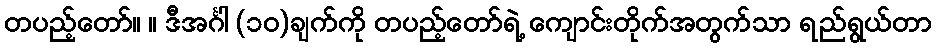
တပည့်တော်။ ။ ဒီအင်္ဂါ (၁၀)ချက်ကို တပည့်တော်ရဲ့ ကျောင်းတိုက်အတွက်သာ ရည်ရွယ်တာ